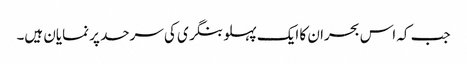
جب کہ اس بحران کا ایک پہلو بنگری کی سرحد پر نمایان ہیں۔